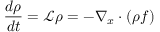
\frac { d \rho } { d t } = \mathcal { L } \rho = - \nabla _ { x } \cdot ( \rho f )